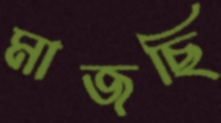
মাজছি